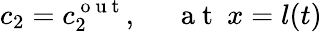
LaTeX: c_{2}=c_{2}^{\mathrm{~o~u~t~}},~~~~~\mathrm{~a~t~}~x=l(t)